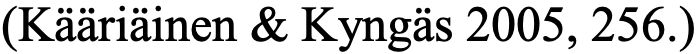
(Kääriäinen & Kyngäs 2005, 256.)